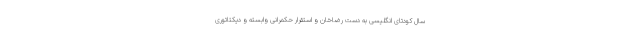
سال کودتای انگلیسی به دست رضاخان و استقرار حکمرانی وابسته و دیکتاتوری